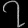
Digit: ၇